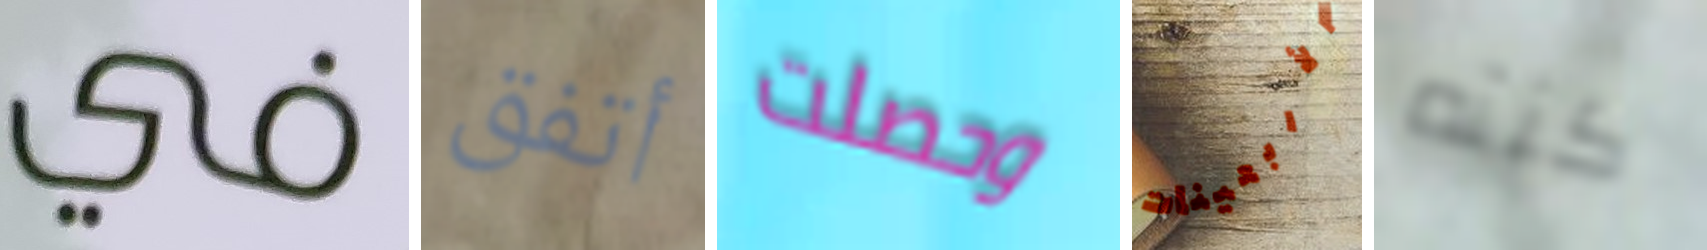
في أتفق وحصلت الأربعينات كنته